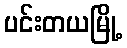
ပင်းတယမြို့